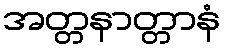
အတ္တနာတ္တာနံ